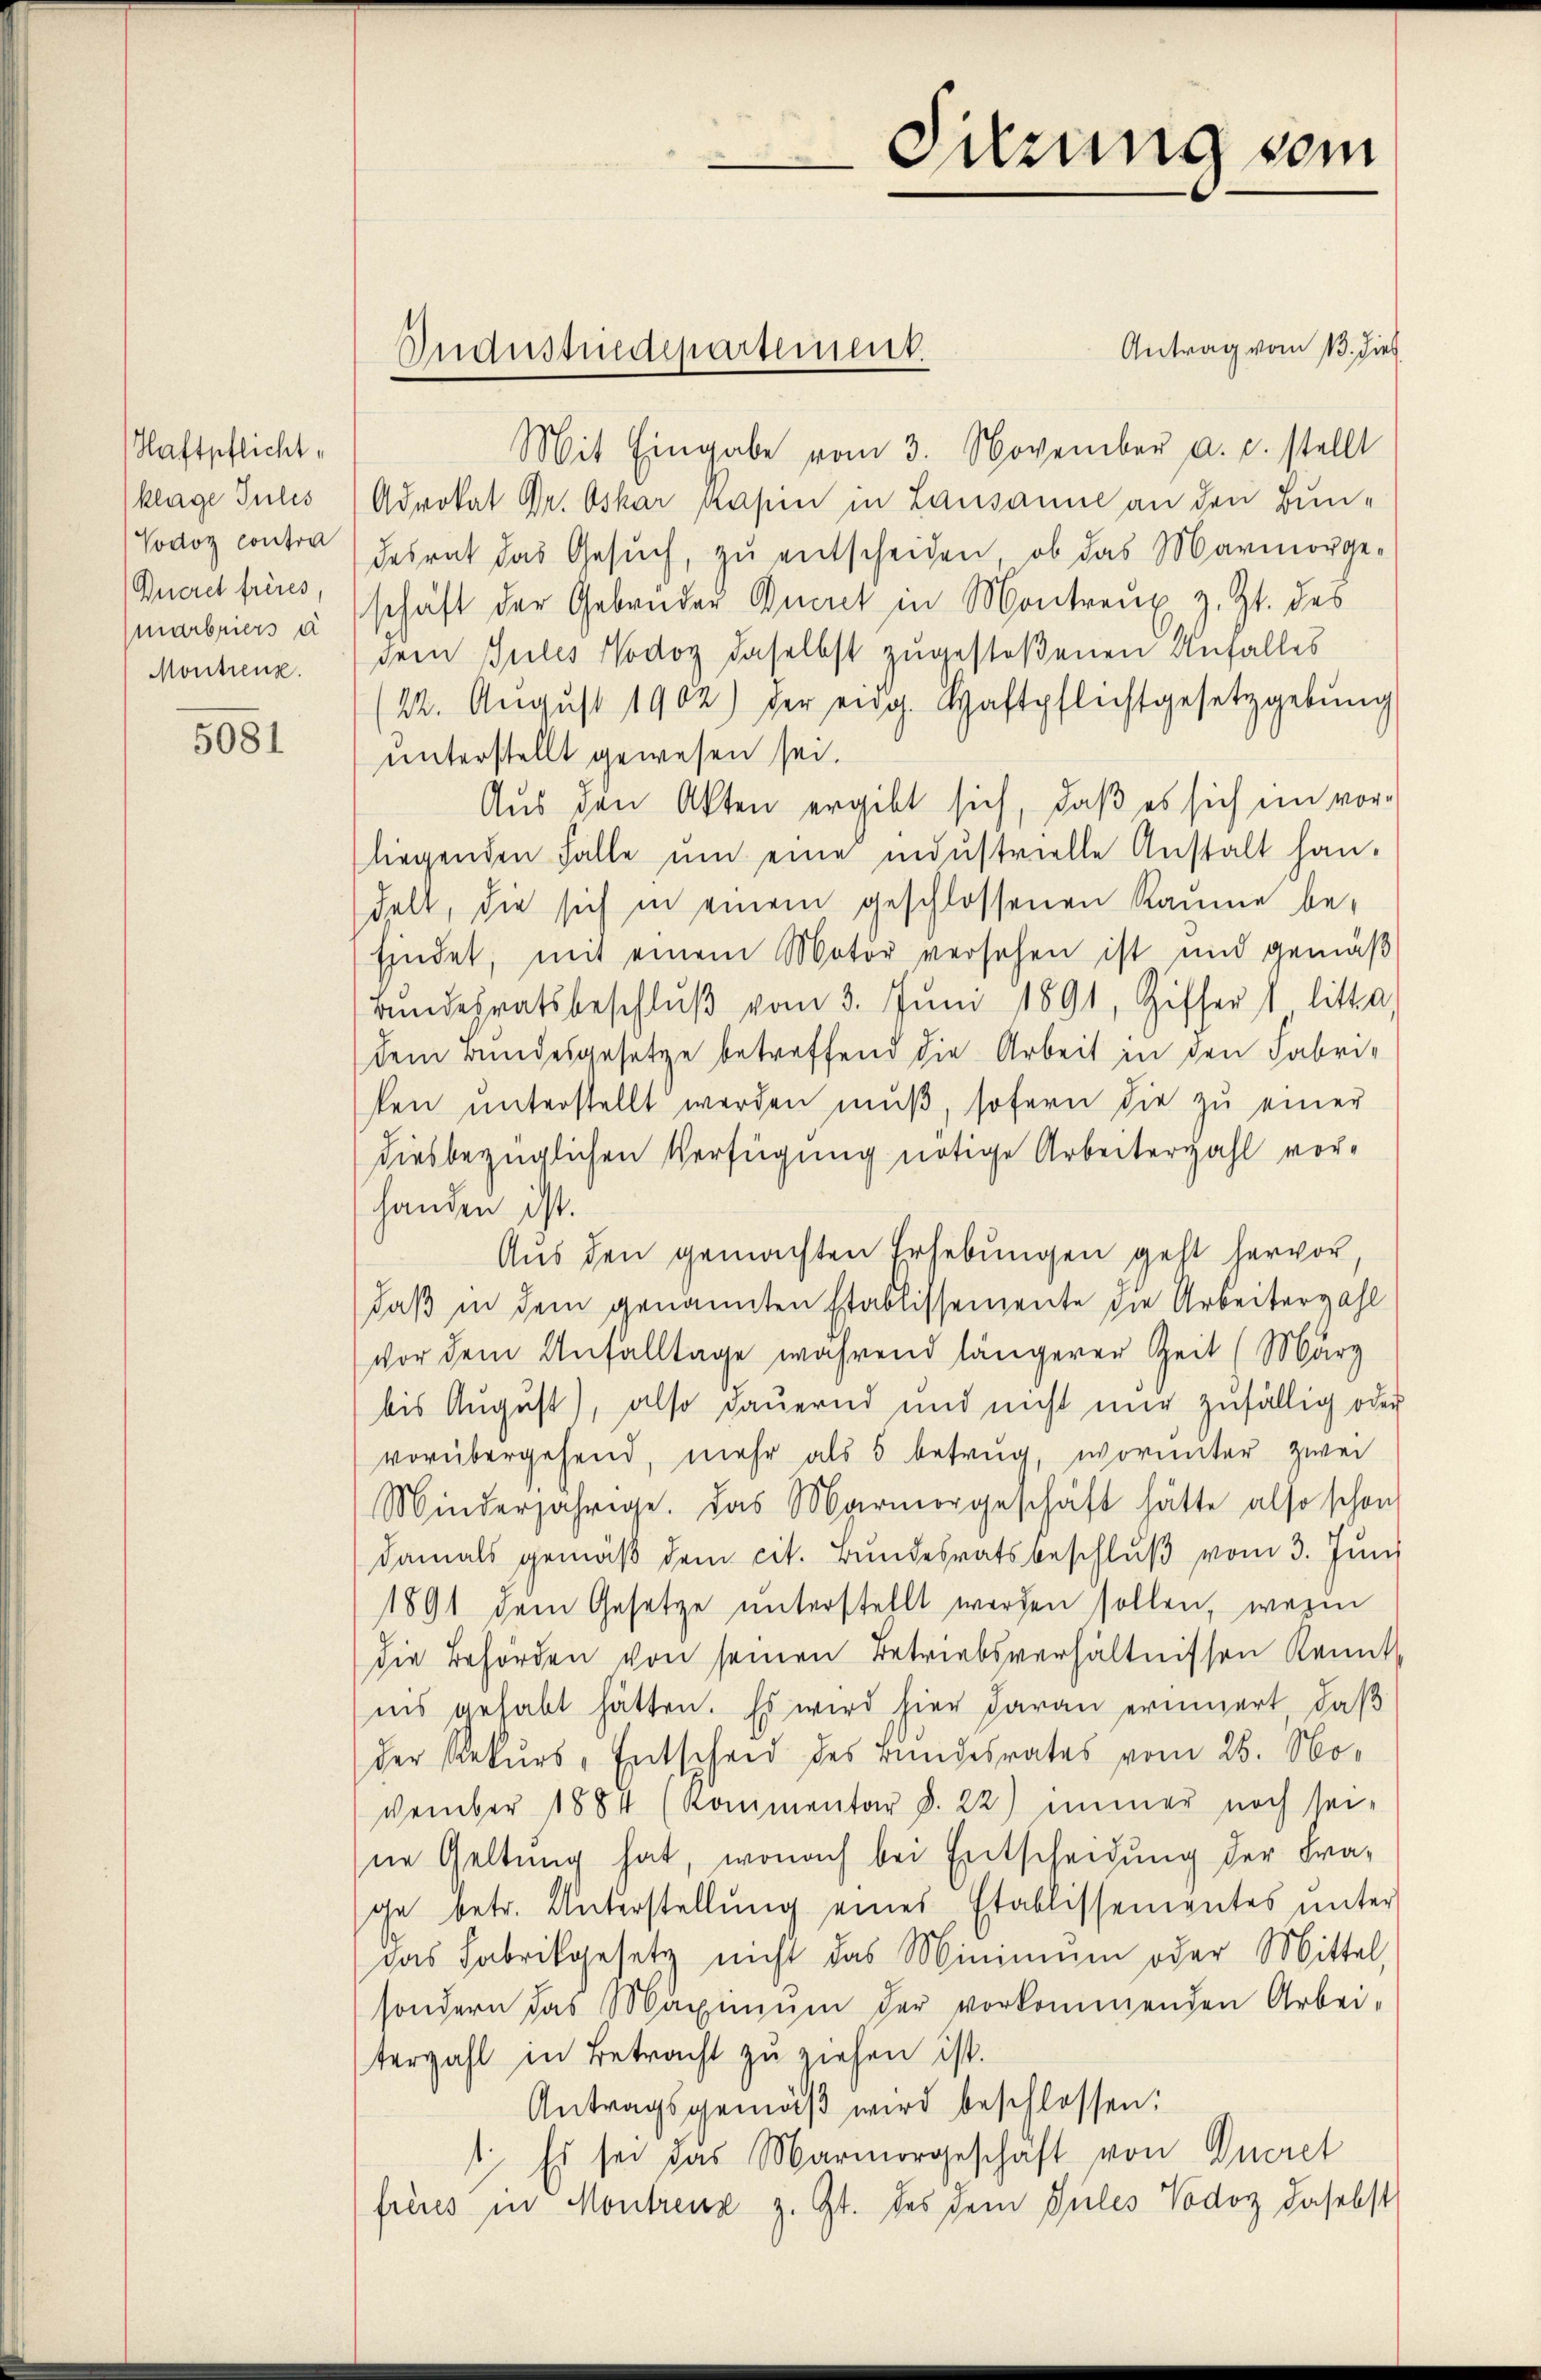
Haftpflicht,
klage Julis
Vodoz contra
Quere frères,
Montreuz.

5081

Antrag vom 13. dies
Mit Eingabe vom 3. November a. c. stellt
Advokat Dr. Oskar Kasin in Lausanne an den Bundesrat das Gesuch, zu entscheiden, ob das Marmorgemarbriers à schäft der Gebrüder Queret in Montreux z. Zt. des
dem Jules Nodoy daselbst zugestoßenen Anfalles
22. Aŭgŭst 1902) der eidg. Haftpflichtgesetzgebŭng
unterstellt gewesen sei.
Aus den Akten ergibt sich, daß es sich im vorliegenden Falle um eine industrielle Anstalt han-
delt, die sich in einem geschlossenen Raume be-
findet, mit einem Motor versehen ist und gemäß
Bŭndesratsbeschlŭβ vom 3. Juni 1891, Ziffers litte,
dem Bundesgesetze betreffend die Arbeit in den Fabri-
ten ŭnterstellt werden mŭβ, sofern die zu einer
diesbezüglichen Verfügung nötige Arbeiterzahl vorhanden ist.
Aus den gemachten Erhebungen geht hervor,
daß in dem genannten Etablissemente die Arbeiterzahl
vor dem Anfalltage während längerer Zeit (März
bis August), also dauernd und nicht nur zufällig oder
vorübergehend, mehr als 5 betrug, worunter zwei
Minderjährige. Das Marmorgeschäft hätte also schon
damals gemäß dem cit. Bundesratsbeschlŭβ vom 3. Juni
1891 dem Gesetze unterstellt werden sollen, wenn
die Behörden von seinen Betriebsverhältnissen Kenntnis gehabt hätten. Es wird hier daran erinnert, daß
der Rekurs, Entscheid des Bundesrates vom 26. November 1884 (Kommentar §. 22) immer noch sei-
ne Geltung hat, wonach bei Entscheidung der Fra-
ge betr. Unterstellŭng eines Etablissementes unter
das Fabrikgesetz nicht das Minimum oder Mittel,
sondern das Maximŭm der vorkommenden Arbei-
terzahl in Betracht zu ziehen ist.
Antragsgemäß wird beschlossen:
1. Es sei das Marmorgeschäft von Queret
freies in Montreuz z. Zt. des dem Siles Vodor daselst

Industriedepartement.

Sitzung vom